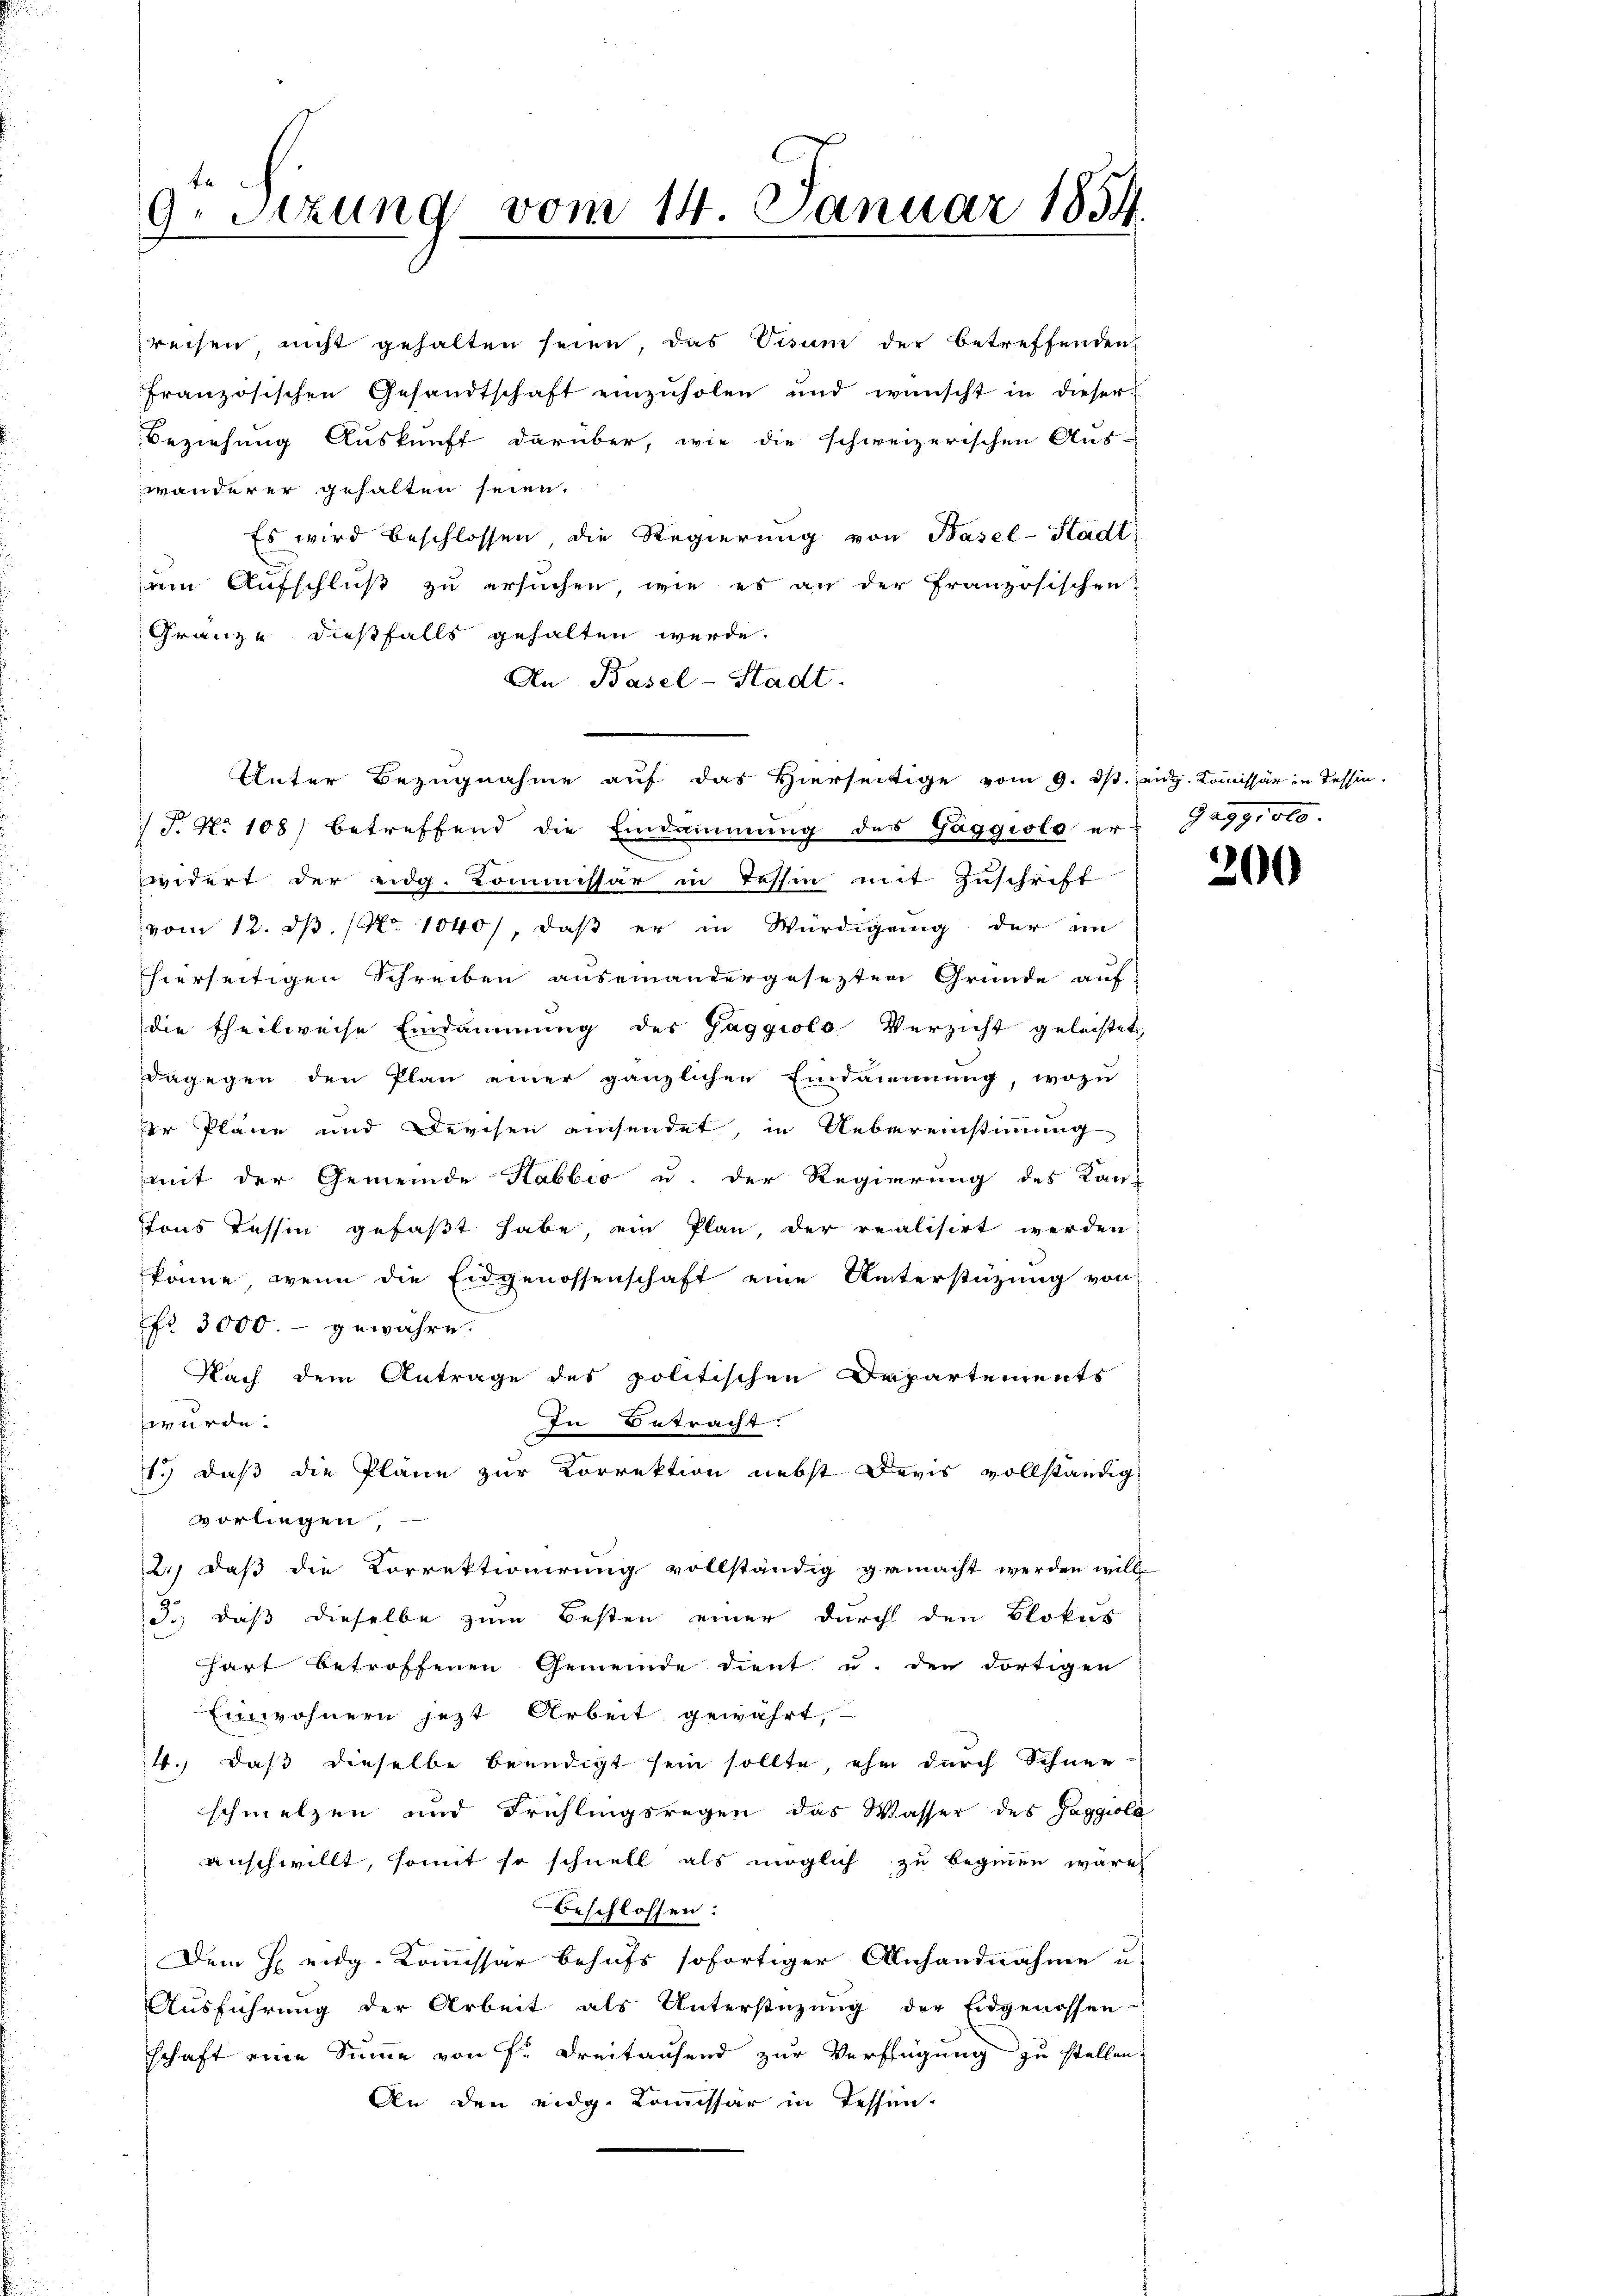
9. Sitzung vom 14. Januar 1834.

reisen nicht gehalten seien, das Visum der betreffenden
französischen Gesandtschaft einzŭholen und wünscht in dieser
Beziehung Auskunft darüber, wie die schweizerischen Aus-
wänderer gehalten seien.
Es wird beschlossen, die Regierung von Basel-Stadt
em Aufschluß zu ersuchen, wie es an der Französischen
Gränze dießfalls gehalten werde.
An Basel-Stadt.
Unter Bezugnahme auf das Hierseitige vom 9. ds. eidg. Kommissär in Tessin.
/T. No 108) betreffend die Eindammung des Gaggiolo er-Gaggioto-
indert der eidg. Commissär in Tessin mit Zuschrift
vom 12. d. (No 1040/, daß er in Würdigung der im
hierseitigen Schreiben auseinandergesezten Grunde auf
die theilweise Eindammung des Gaggiols Verzicht geleistet
dagegen den Plan einer gänzlichen Eindammung, wozu
der Pläne und Kerchen einsendet, in Uebereinstimmung
mit der Gemeinde Habbio u. der Regierung des Kan-
hons Tessin gefaßt habe, ein Plan, der realisirt werden
könne, wenn die Eidgenossenschaft eine Unterstüzung von
fr. 3000.- gewähre.
Nach dem Antrage des politischen Departements
würde.
In Betracht:
1.) daß die Pläne zur Korrektion nebst Devis vollständig
vorliegen,
2., daß die Korrektionirung vollständig gemacht werden wille
3.) daß dieselbe zum Besten einer durch den Blokus
hart betroffenen Gemeinde dient u. den dortigen
Einwohnern jetzt Arbeit gewährt,
4.) daß dieselbe beendigt sein sollte, ehe durch Schnee
schmelzen und Frühlingsregen das Wasser des Jaggioli
anschwillt, somit so schnell als möglich zu beginnen wäre,
Beschlossen:
Dem H eidg. Kommissar behufs sofortiger Anhandnahme u.
Aŭsführŭng der Arbeit als Unterstützŭng der Eidgenossen-
schaft eine Summe von Fr. Dreitausend zur Verfügung zu stellen.
An den eidg. Kommissär in Tessin-

200